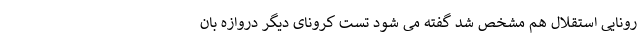
رونایی استقلال هم مشخص شد گفته می شود تست کرونای دیگر دروازه بان